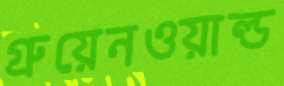
গ্রুয়েনওয়াল্ড